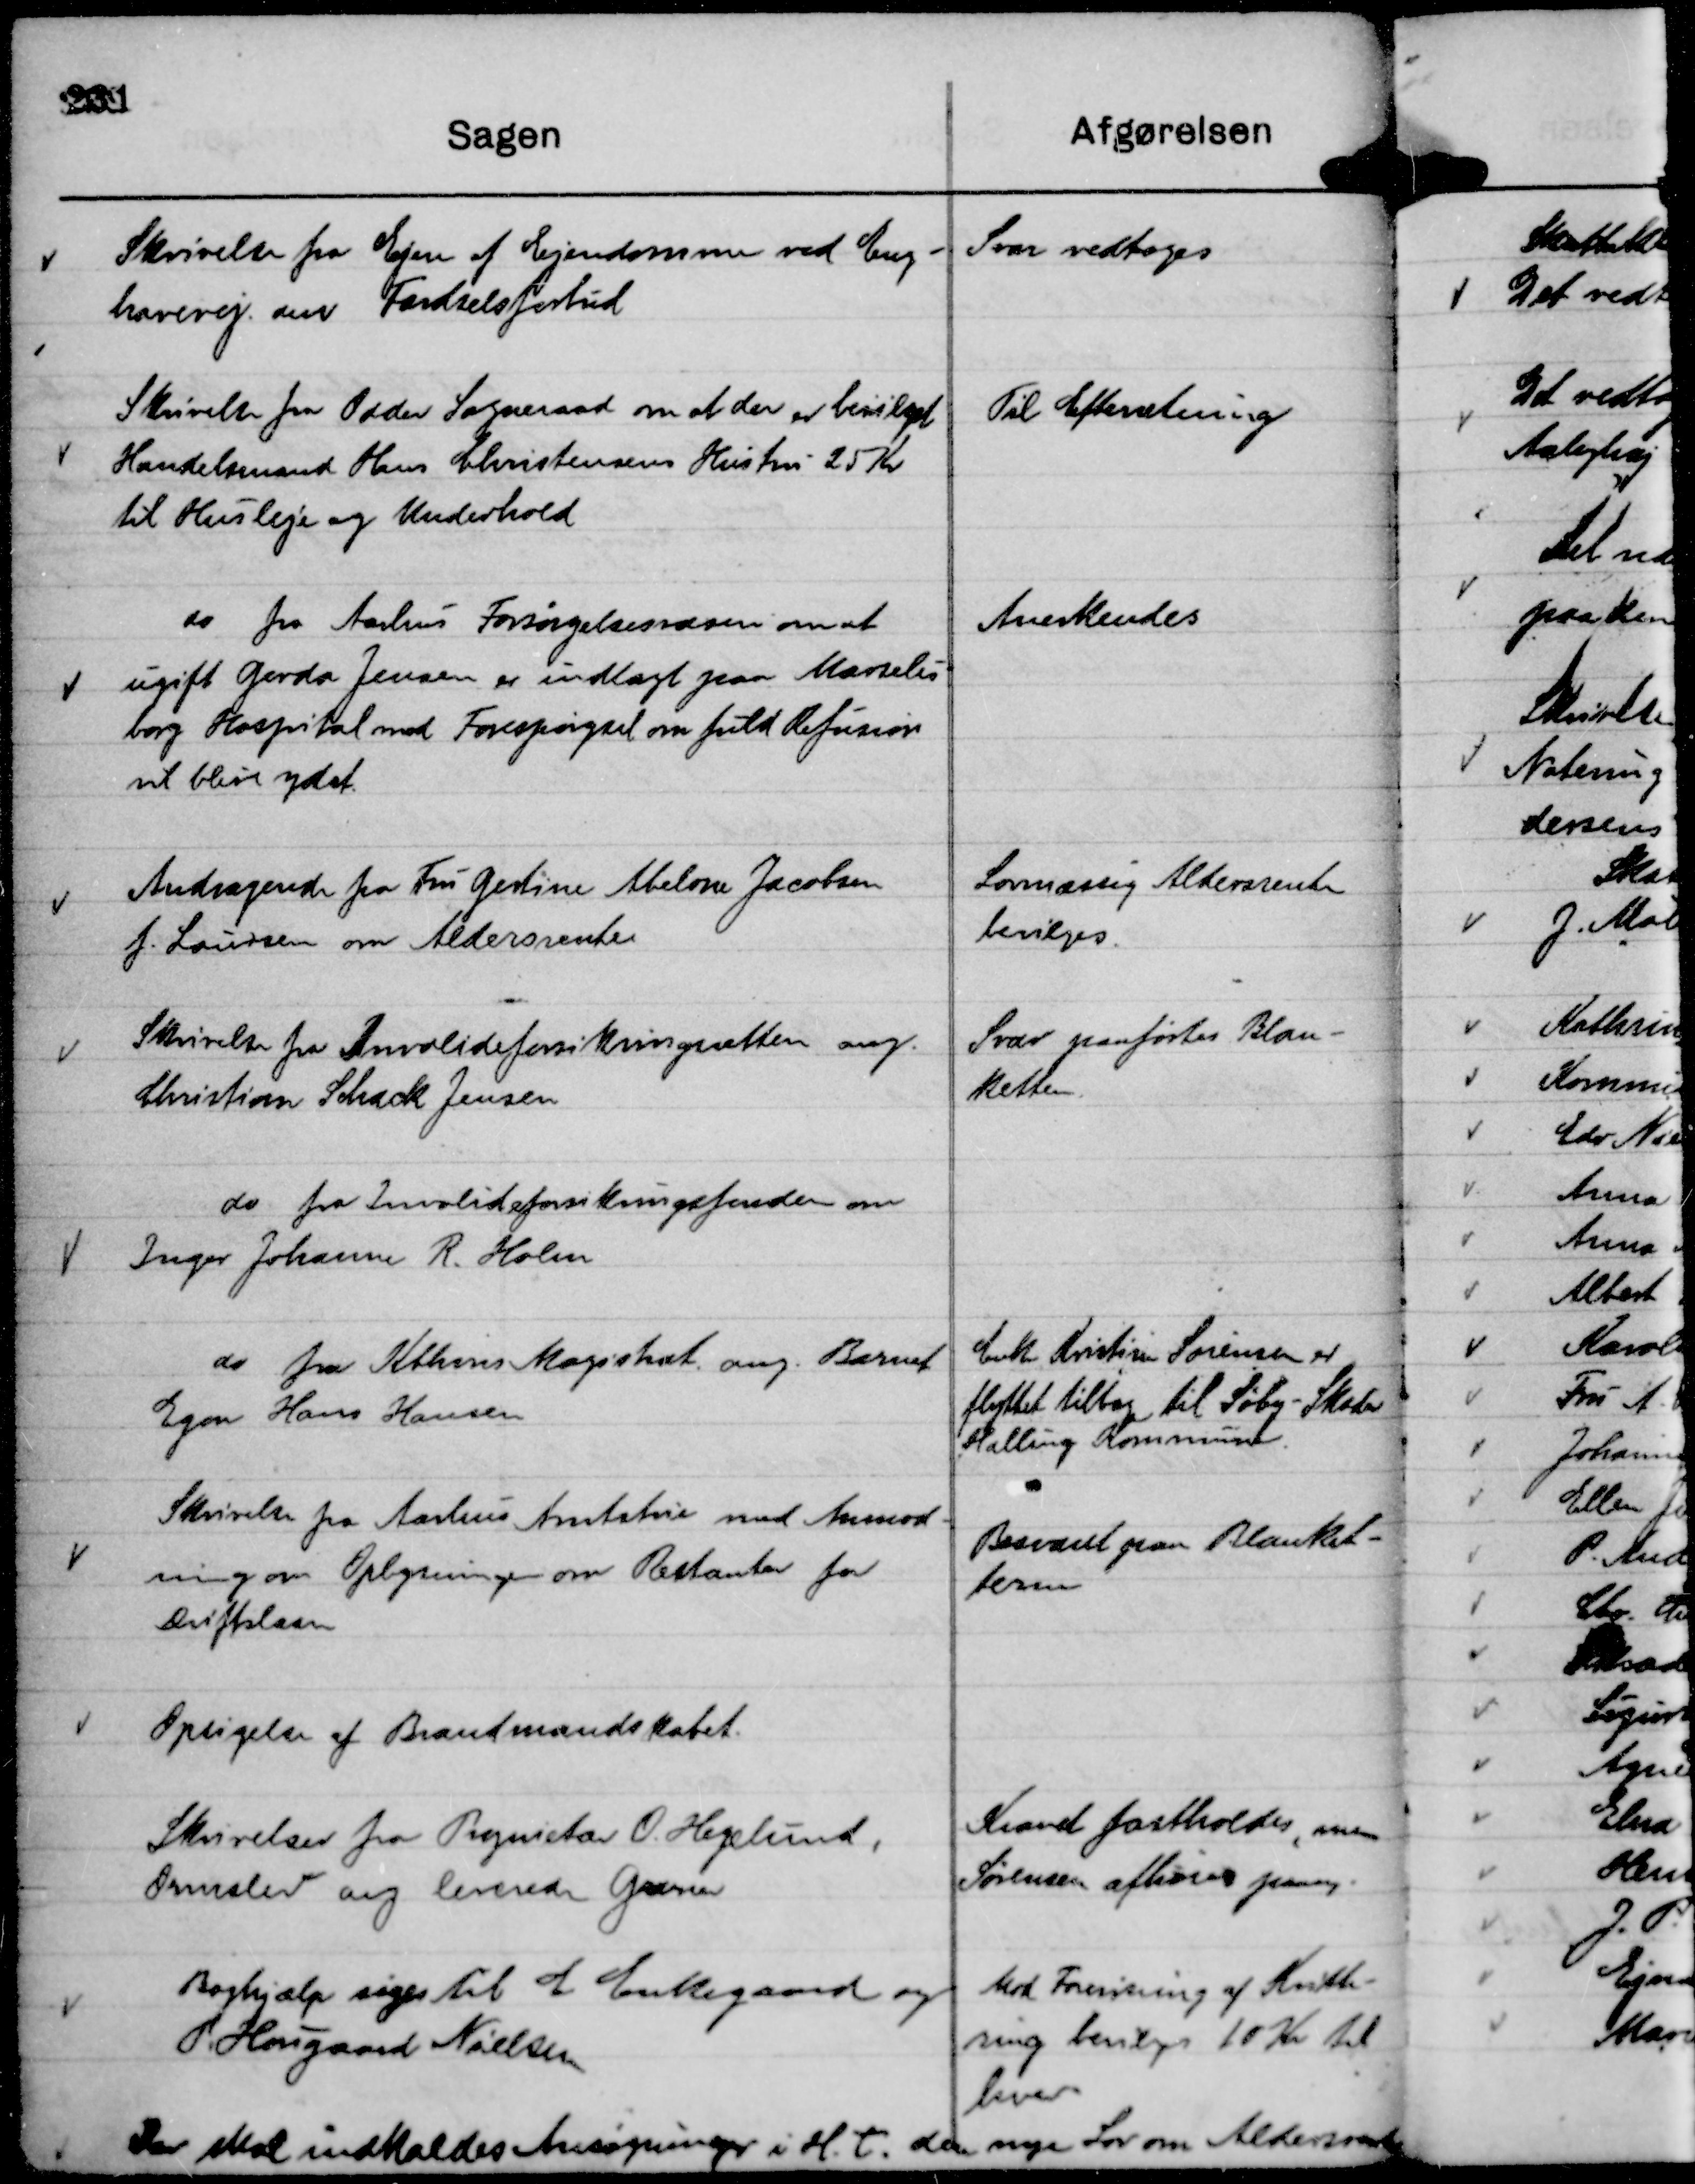
Transskription:
Skrivelse fra Ejere af Ejendomme ved Eng-
havevej om Færdselsforbud

Svar vedtoges

Skrivelse fra Odder Sogneraad om at der er bevilget
Handelsmand Hans Christensens Hustru 25 Kr
til Husleje og Underhold

Til Efterretning

do fra Aarhus Forsørgelsesvæen om at
ugift Gerda Jensen er indlagt paa Marselis-
borg Hospital med Forespørgsel om fuld Refusion
vil blive ydet.

Anerkendes

Andragende fra Fru Gertine Abelone Jacobsen
f. Laursen om Aldersrente

Lovmæssig Aldersrente
bevilges

Skrivelse fra Invalideforsikringsretten ang.
Christian Schack Jensen

Svar paaførtes Blan-
ketten.

do fra Invalideforsikringsfonden om
Inger Johanne R. Holm

do fra Kbhvns Magistrat ang. Barnet
Egon Hans Hansen

Enke Kristine Sørensen er
flyttet tilbage til Søby - Skader
Halling Kommune.

Skrivelse fra Aarhus Amtstue med Anmod-
ning om Oplysninger om Restanter for
Driftslaan

Besvaret paa Blanket-
terne

Opsigelse af Brandmandskabet.

Skrivelse fra Proprietær O. Hegelund,
Ormslev ang leverede Graner

Kravet fastholdes, men
Sørensen afhøres paany.

Boghjælp søges til E Enkegaard og
P. Hougaard Nielsen

Mod Forevisning af Kvitte-
ring bevilges 10 Kr til
hver.

Der skal indkaldes Ansøgninger i H. t. den nye Lov om Aldersrente